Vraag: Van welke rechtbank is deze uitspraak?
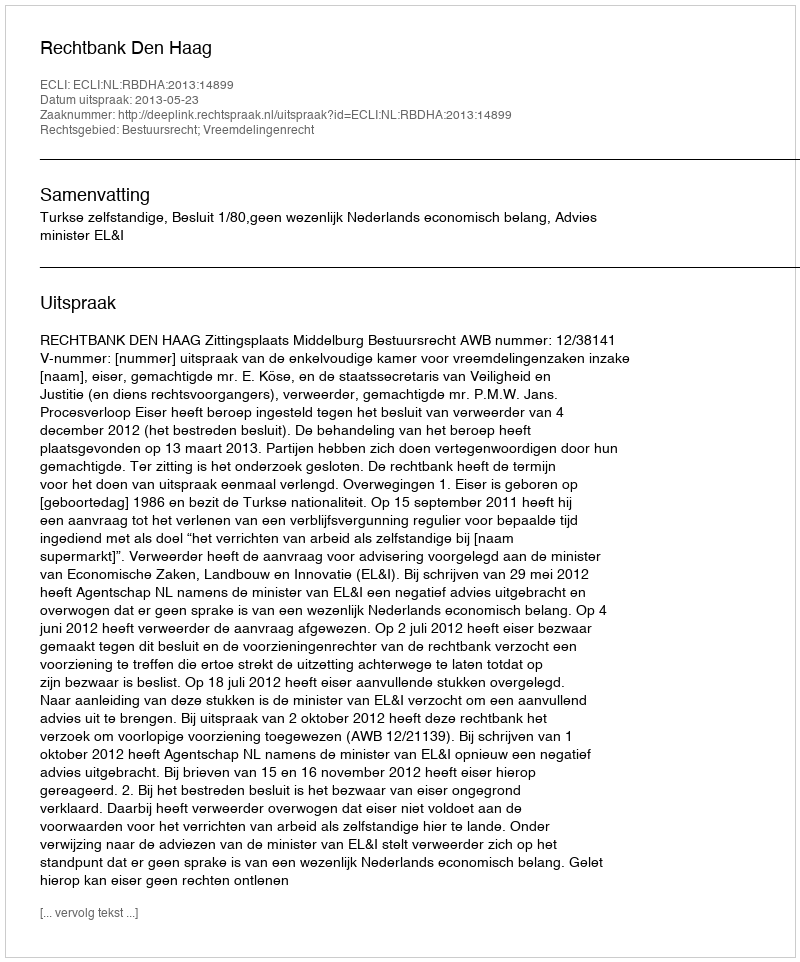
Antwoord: Rechtbank Den Haag